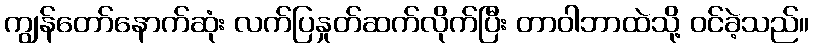
ကျွန်တော်နောက်ဆုံး လက်ပြနှုတ်ဆက်လိုက်ပြီး တာဝါဘာထဲသို့ ဝင်ခဲ့သည်။